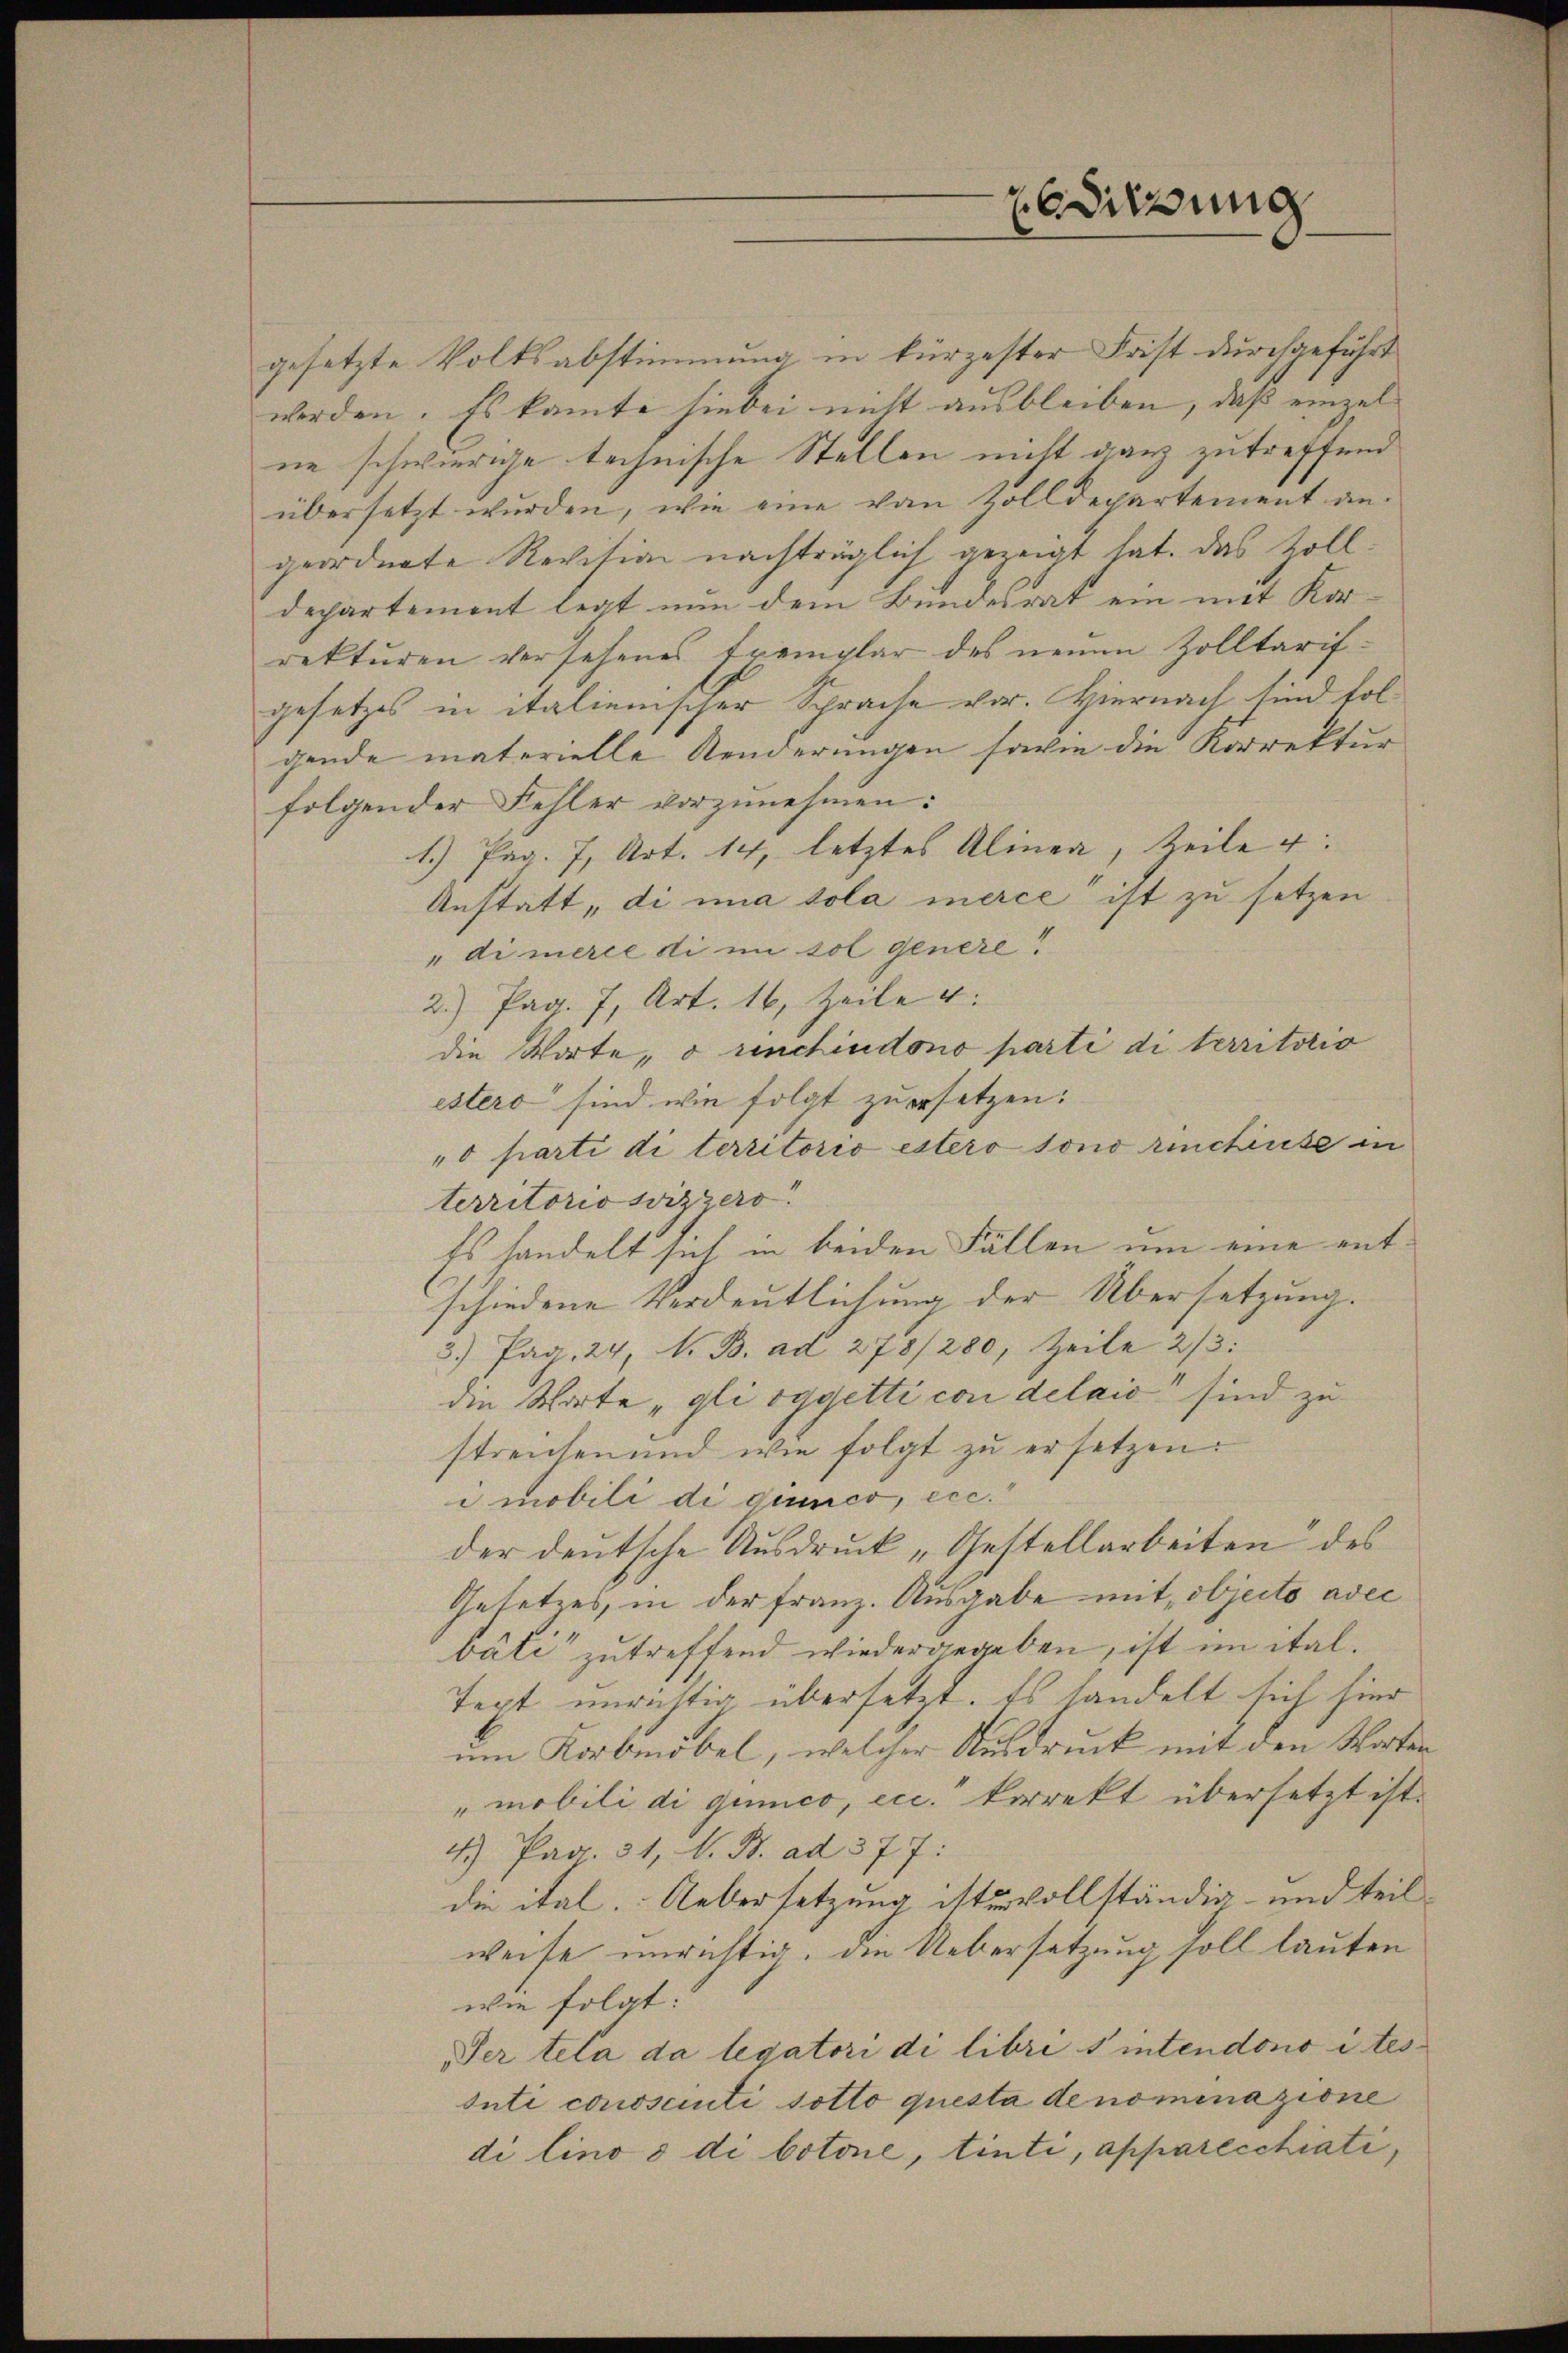
gesetzte Volksabstimmung in kürzester Frist durchgeführt
werden. Es kannte hiebei nicht ausbleiben, daß einzelne schwürige technische Stellen nicht ganz zutreffend
übersetzt wurden, wie eine von Zolldepartement an.
geordnete Revision nachträglich gezeigt hat. Das Zolldepartement legt nun dem Bundesrat ein mit Korrekturen versehenes Exemplar des neuen Zolltarifgesetzes in italienischer Sprache vor. Hiernach sind folgende materielle Aenderungen sowie die Korrektur
folgender Fehler vorzunehmen:
1.) Pag. 7, Art. 14, letztes Alinea, Zeile 4:
Anstatt, di una sola merce ist zu setzen
"dimerce di in sol genere!
2.) Pag. 7, Art. 16, Zeile 4:
die Worte, o venchiudono parti di territorio
estero sind wie folgt zuersetzen:
" parti di territorio estero sono rinciuse in
territorio wizzero
Es handelt sich in beiden Fällen um eine entschiedene Verdeutlichung der Übersetzung.
3) Pag. 24, N. B. ad 278/280, Zeile 2/3
die Worte „gli oggetti con delais sind zu
streichen und wie folgt zu ersetzen.
imobili di quico, ecc.
der deutsche Ausdruck „Gestellarbeiten des
Gesetzes, in der Franz. Ausgabe mit objecto avec
bäli“ zutreffend wiedergegeben, ist in ital.
Text unrichtig übersetzt. Es handelt sich hier
um Korbmöbel, welcher Ausdruck mit den Worten
"mobili di gumco, ecc. korrekt übersetzt ist.
4.) Pag. 31, N. B. ad 377:
die ital. Uebersetzung ist vollständig und teil
weise unrichtig, die Uebersetzung soll lauten
wie folgt:
Per tela da legatori di libris intendono i tes
Inti conosciuti sotto questa de nominazione
di lino o di botone, tinti, apparecchiati,

esitzung